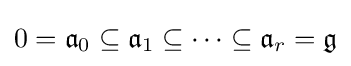
0={\mathfrak {a}}_{0}\subseteq {\mathfrak {a}}_{1}\subseteq \cdots \subseteq {\mathfrak {a}}_{r}={\mathfrak {g}}